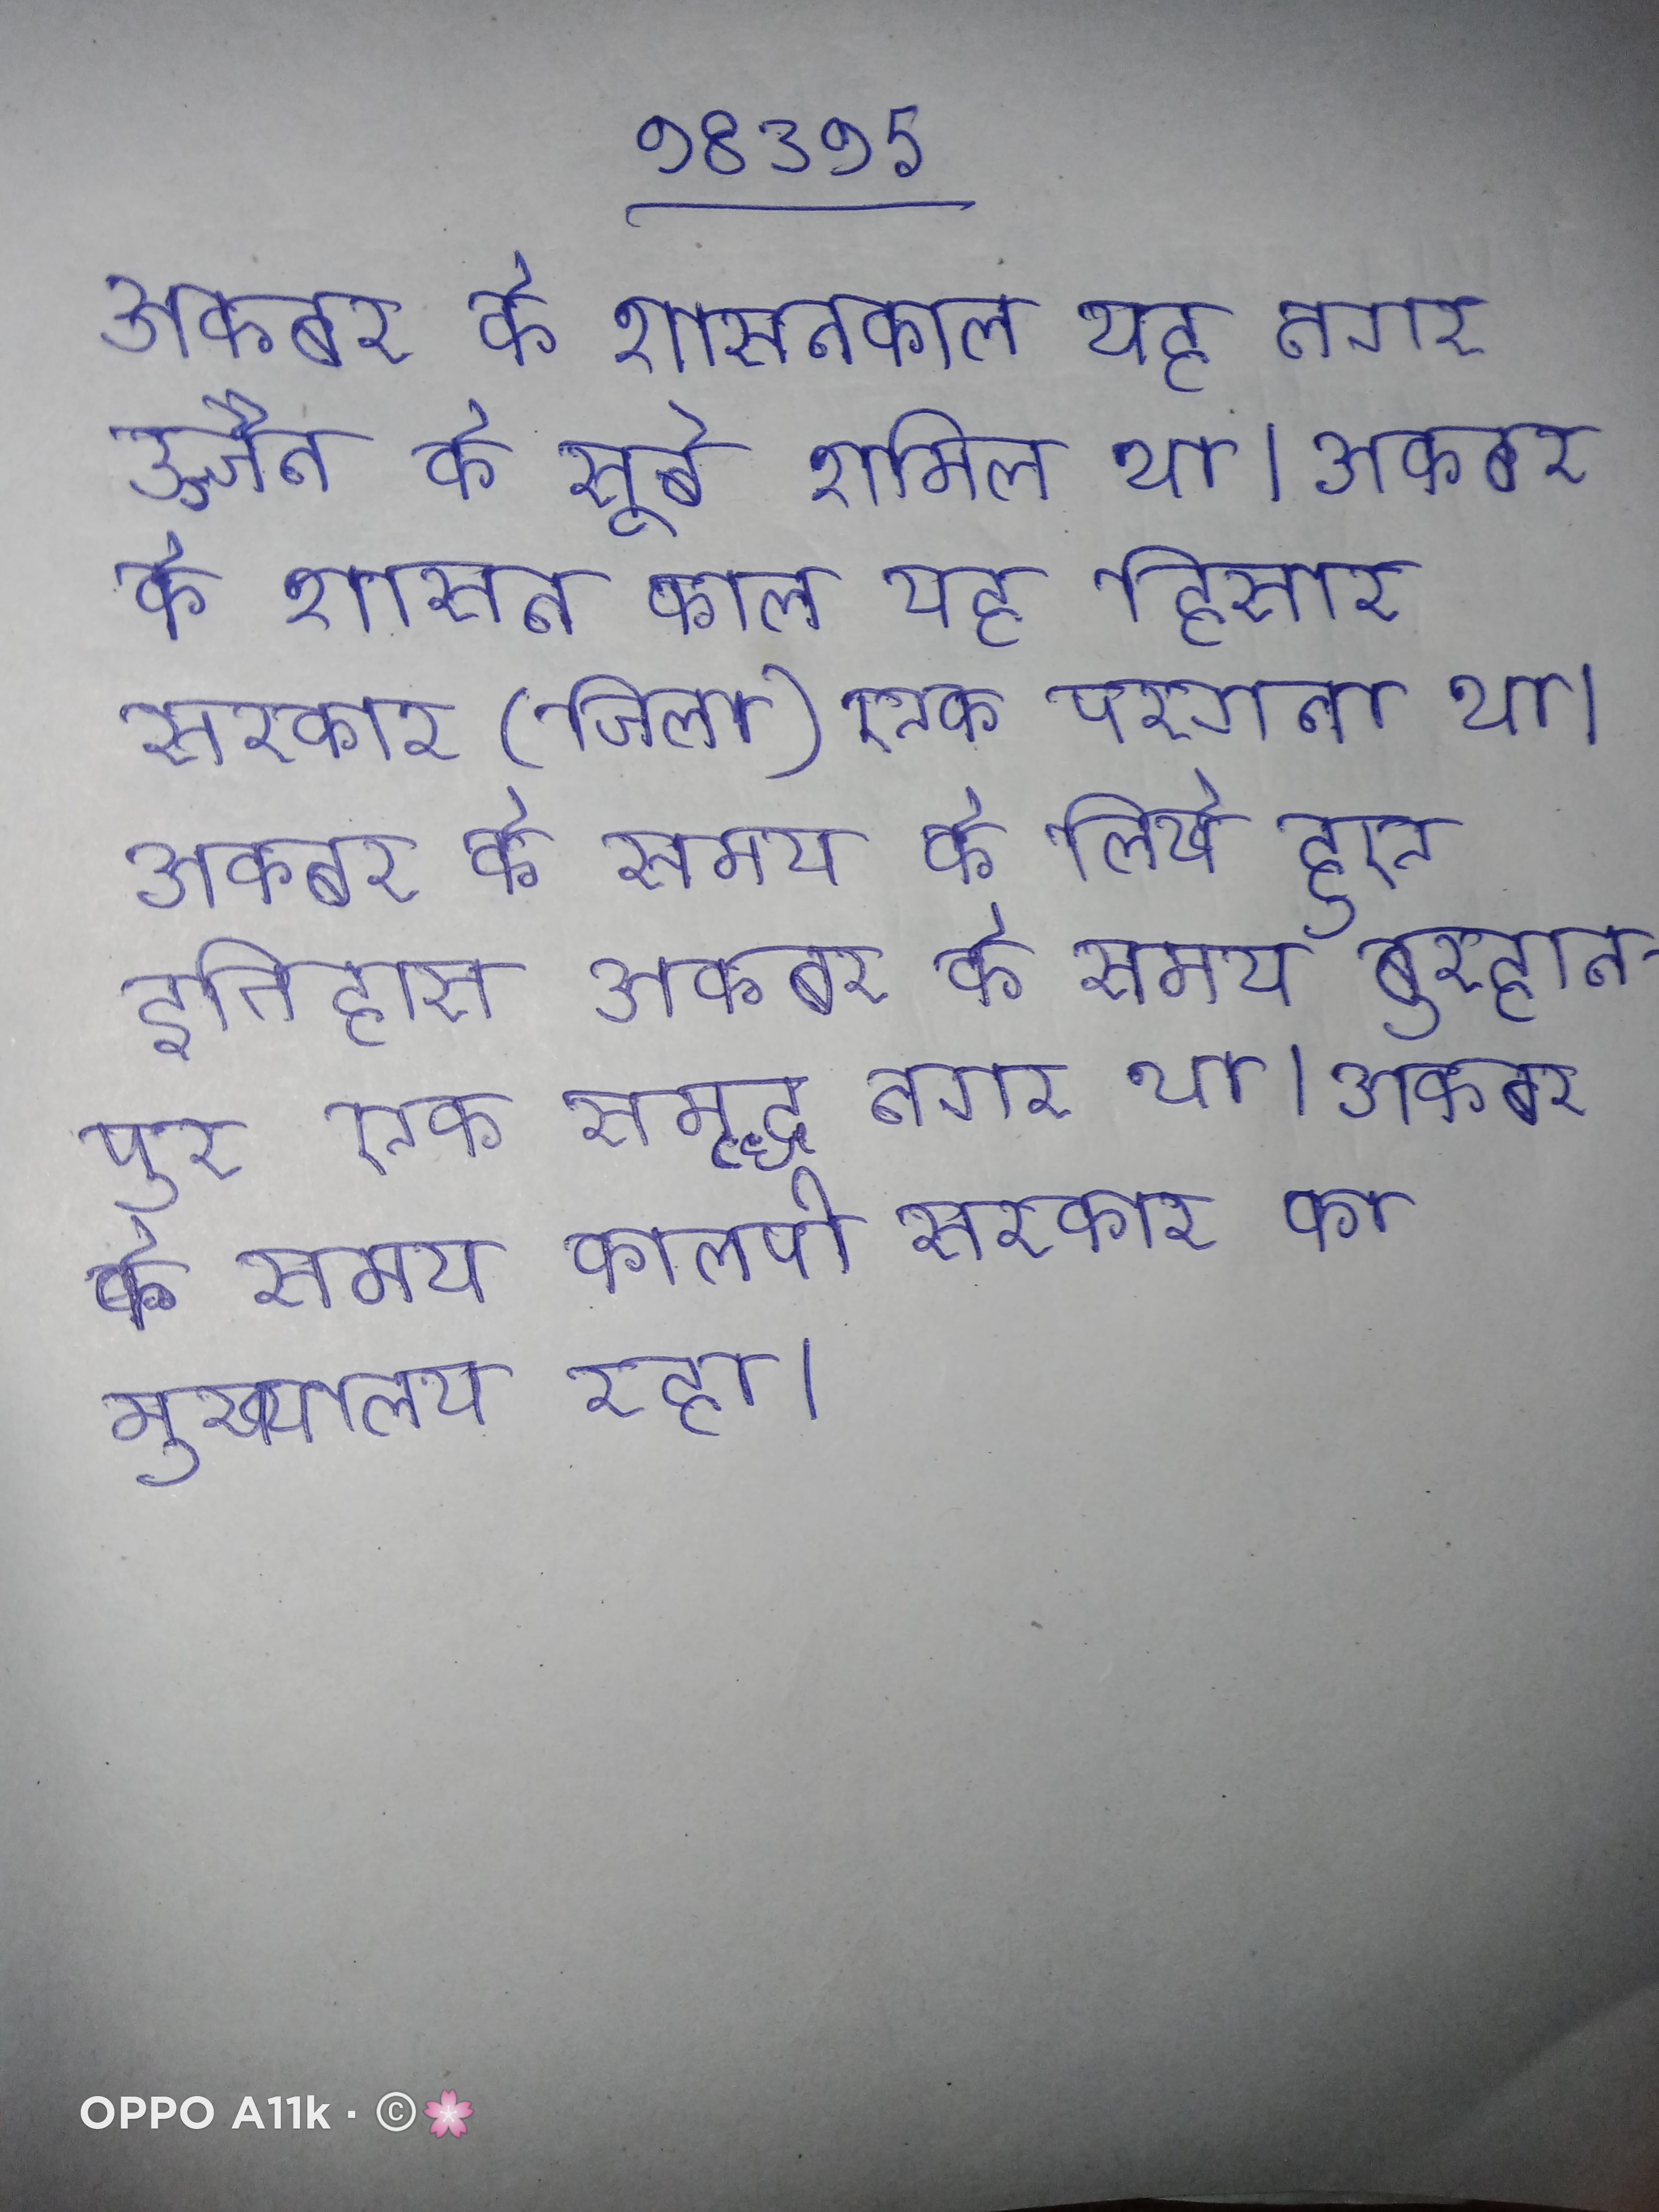
अकबर के शासनकाल यह नगर उज्जैन के सूबे शामिल था । अकबर के शासन काल यह हिसार सरकार (जिला) एक परगना था । अकबर के समय के लिखे हुए इतिहास अकबर के समय बुरहानपुर एक समृद्ध नगर था । अकबर के समय कालपी सरकार का मुख्यालय रहा ।